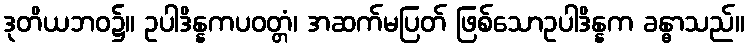
ဒုတိယဘဝ၌။ ဥပါဒိန္နကပဝတ္တံ၊ အဆက်မပြတ် ဖြစ်သောဥပါဒိန္နက ခန္ဓာသည်။